Calcutta medical institutions reports 1871-78
Year: 1871
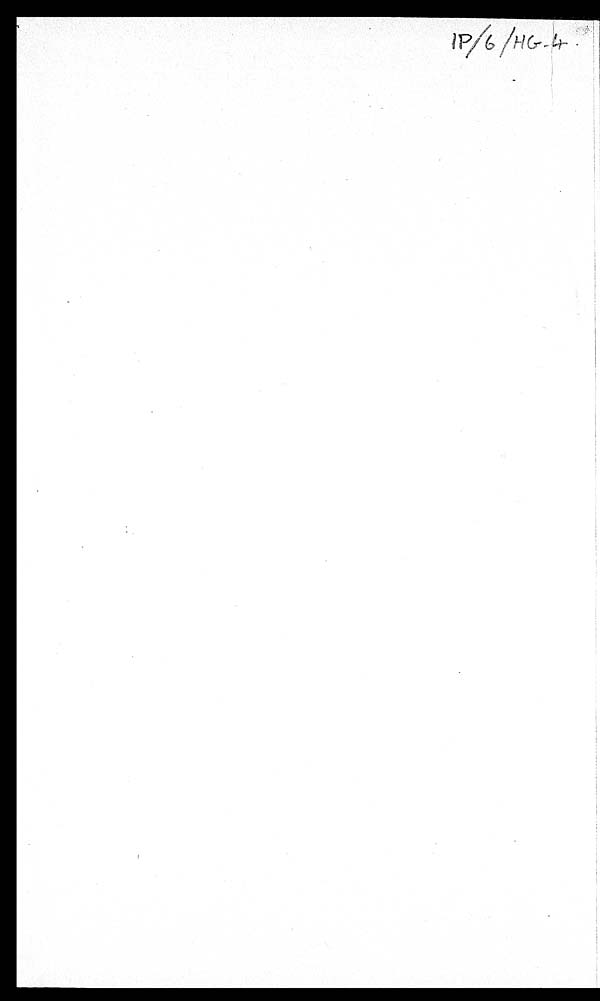
IP/6/HG-4.